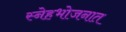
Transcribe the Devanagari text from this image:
स्नेहभोजनात